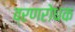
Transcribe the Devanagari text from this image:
व्रणरोधक